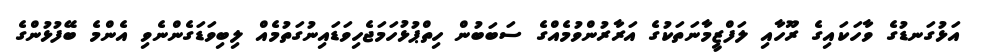
އަޅުގަނޑުގެ ވާހަކައިގެ ރޫހާއި ލަފްޒީމާނަތަކުގެ އަރާރުންވުމެއްގެ ސަބަބުން ހިތްޕުޅުހަމަޖެހިވަޑައިނުގަތުމެއް ލިބިވަޑަގެންނެވި އެންމެ ބޭފުޅުންގެ